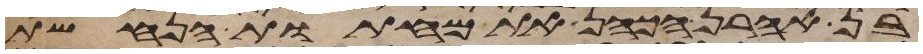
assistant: בן אהרן הכהן את מחתות הנחשת